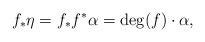
LaTeX: \begin{align*}f_\ast \eta = f_*f^* \alpha = \mathrm{deg}(f)\cdot \alpha,\end{align*}